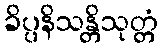
ခိပ္ပနိသန္တိသုတ္တံ